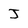
Character: J